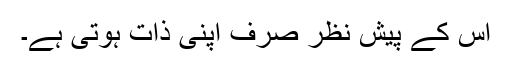
اس کے پیش نظر صرف اپنی ذات ہوتی ہے۔